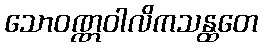
သောဝဏ္ဏဝါလိကသန္ထတေ